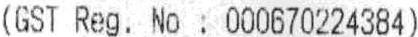
(GST REG. NO : 000670224384)